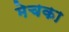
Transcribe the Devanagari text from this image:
मेचका